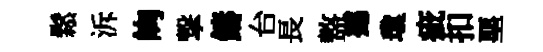
鬆泝峋撃鑄台長盩撼瓊疵扣堊